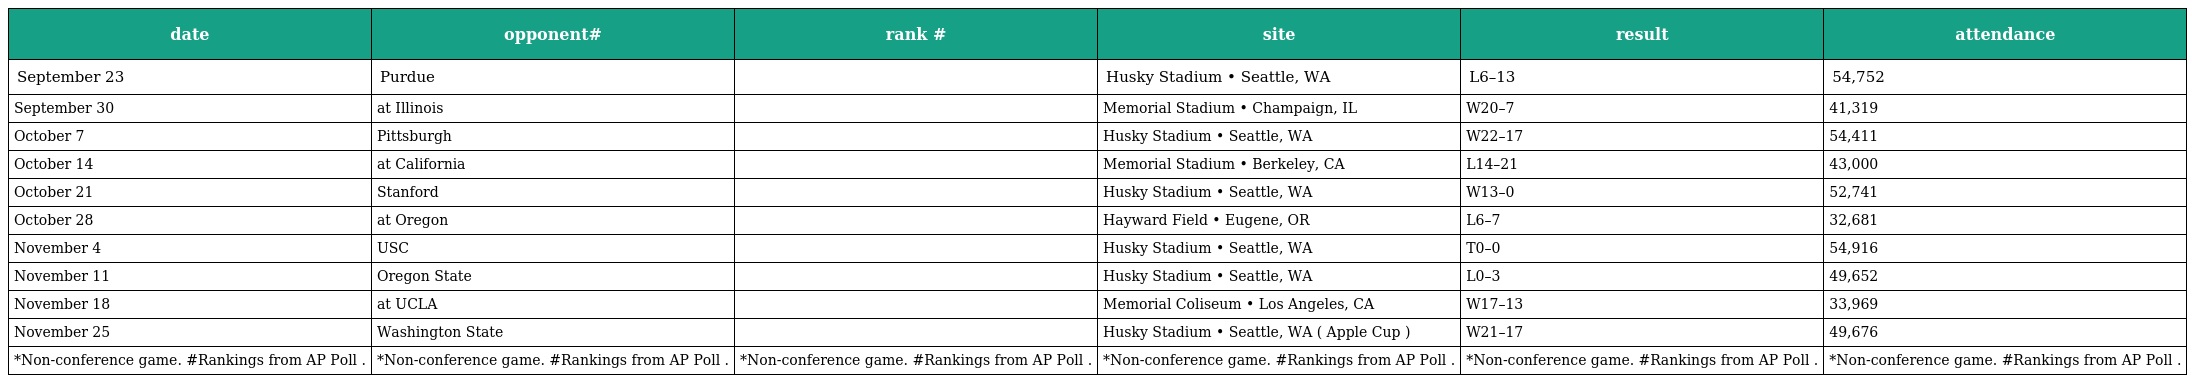
| date | opponent# | rank # | site | result | attendance |
 | --- | --- | --- | --- | --- | --- |
 | September 23 | Purdue |  | Husky Stadium • Seattle, WA | L6–13 | 54,752 |
 | September 30 | at Illinois |  | Memorial Stadium • Champaign, IL | W20–7 | 41,319 |
 | October 7 | Pittsburgh |  | Husky Stadium • Seattle, WA | W22–17 | 54,411 |
 | October 14 | at California |  | Memorial Stadium • Berkeley, CA | L14–21 | 43,000 |
 | October 21 | Stanford |  | Husky Stadium • Seattle, WA | W13–0 | 52,741 |
 | October 28 | at Oregon |  | Hayward Field • Eugene, OR | L6–7 | 32,681 |
 | November 4 | USC |  | Husky Stadium • Seattle, WA | T0–0 | 54,916 |
 | November 11 | Oregon State |  | Husky Stadium • Seattle, WA | L0–3 | 49,652 |
 | November 18 | at UCLA |  | Memorial Coliseum • Los Angeles, CA | W17–13 | 33,969 |
 | November 25 | Washington State |  | Husky Stadium • Seattle, WA ( Apple Cup ) | W21–17 | 49,676 |
 | *Non-conference game. #Rankings from AP Poll . | *Non-conference game. #Rankings from AP Poll . | *Non-conference game. #Rankings from AP Poll . | *Non-conference game. #Rankings from AP Poll . | *Non-conference game. #Rankings from AP Poll . | *Non-conference game. #Rankings from AP Poll . |